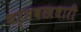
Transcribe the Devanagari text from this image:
चर्मवस्त्रधारी